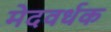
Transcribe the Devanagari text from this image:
मेदवर्धक